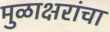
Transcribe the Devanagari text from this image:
मुळाक्षरांचा